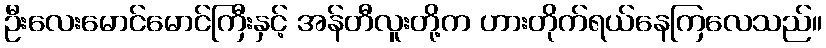
ဦးလေးမောင်မောင်ကြီးနှင့် အန်တီလူးတို့က ဟားတိုက်ရယ်နေကြလေသည်။